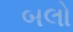
બલો